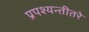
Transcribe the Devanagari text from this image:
प्रपश्यन्तीतरे